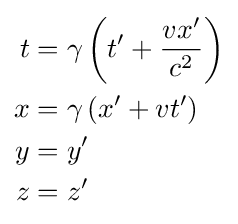
{\begin{aligned}t&=\gamma \left(t'+{\frac {vx'}{c^{2}}}\right)\\x&=\gamma \left(x'+vt'\right)\\y&=y'\\z&=z'\end{aligned}}